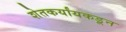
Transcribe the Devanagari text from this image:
शेतकर्यांयकडून